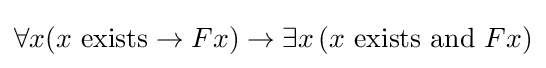
\forall x(x{\text{ exists}}\rightarrow Fx)\rightarrow \exists x\,(x{\text{ exists and }}Fx)